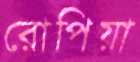
রোপিয়া